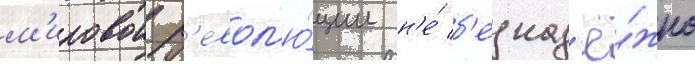
м'ировои р'евол'ю́ции н'е́ б'езнад'ё́жно